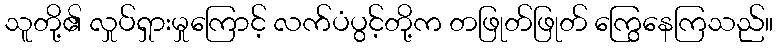
သူတို့၏ လှုပ်ရှားမှုကြောင့် လက်ပံပွင့်တို့က တဖြုတ်ဖြုတ် ကြွေနေကြသည်။